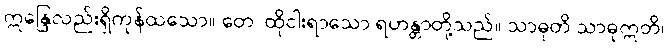
ဣန္ဒြေလည်းရှိကုန်ထသော။ တေ၊ ထိုငါးရာသော ရဟန္တာတို့သည်။ သာဓုတိ သာဓုဣတိ၊